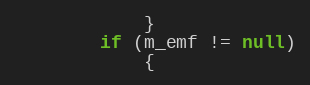
Language: Java
            }
        if (m_emf != null)
            {